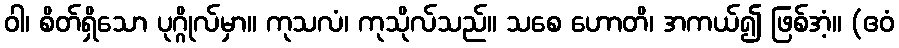
ဝါ၊ စိတ်ရှိသော ပုဂ္ဂိုလ်မှာ။ ကုသလံ၊ ကုသိုလ်သည်။ သစေ ဟောတိ၊ အကယ်၍ ဖြစ်အံ့။ (ဧဝံ